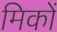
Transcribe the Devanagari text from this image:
मिकों